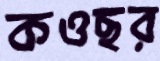
কওছর